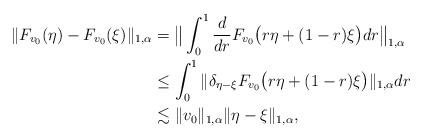
LaTeX: \begin{align*} \| F_{v_0}(\eta) - F_{v_0}(\xi) \|_{1,\alpha} &= \big\| \int_0^1 \frac{d}{dr} F_{v_0}\big( r\eta + (1-r)\xi \big) dr \big\|_{1,\alpha} \\ &\leq \int_0^1 \| \delta_{\eta - \xi} F_{v_0} \big( r\eta + (1-r)\xi \big) \|_{1,\alpha} dr \\ &\lesssim \| v_0\|_{1,\alpha} \| \eta - \xi \|_{1,\alpha}, \end{align*}